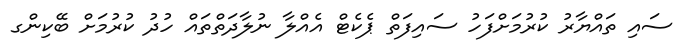
ސައި ތައްޔާރު ކުރުމަށްފަހު ސައިފަތް ޕެކެޓް އެއްލާ ނުލާދަތްތައް ހުދު ކުރުމަށް ބޭކިންގ